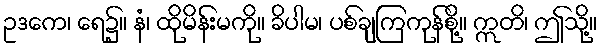
ဥဒကေ၊ ရေ၌။ နံ၊ ထိုမိန်းမကို။ ခိပါမ၊ ပစ်ချကြကုန်စို့။ ဣတိ၊ ဤသို့။